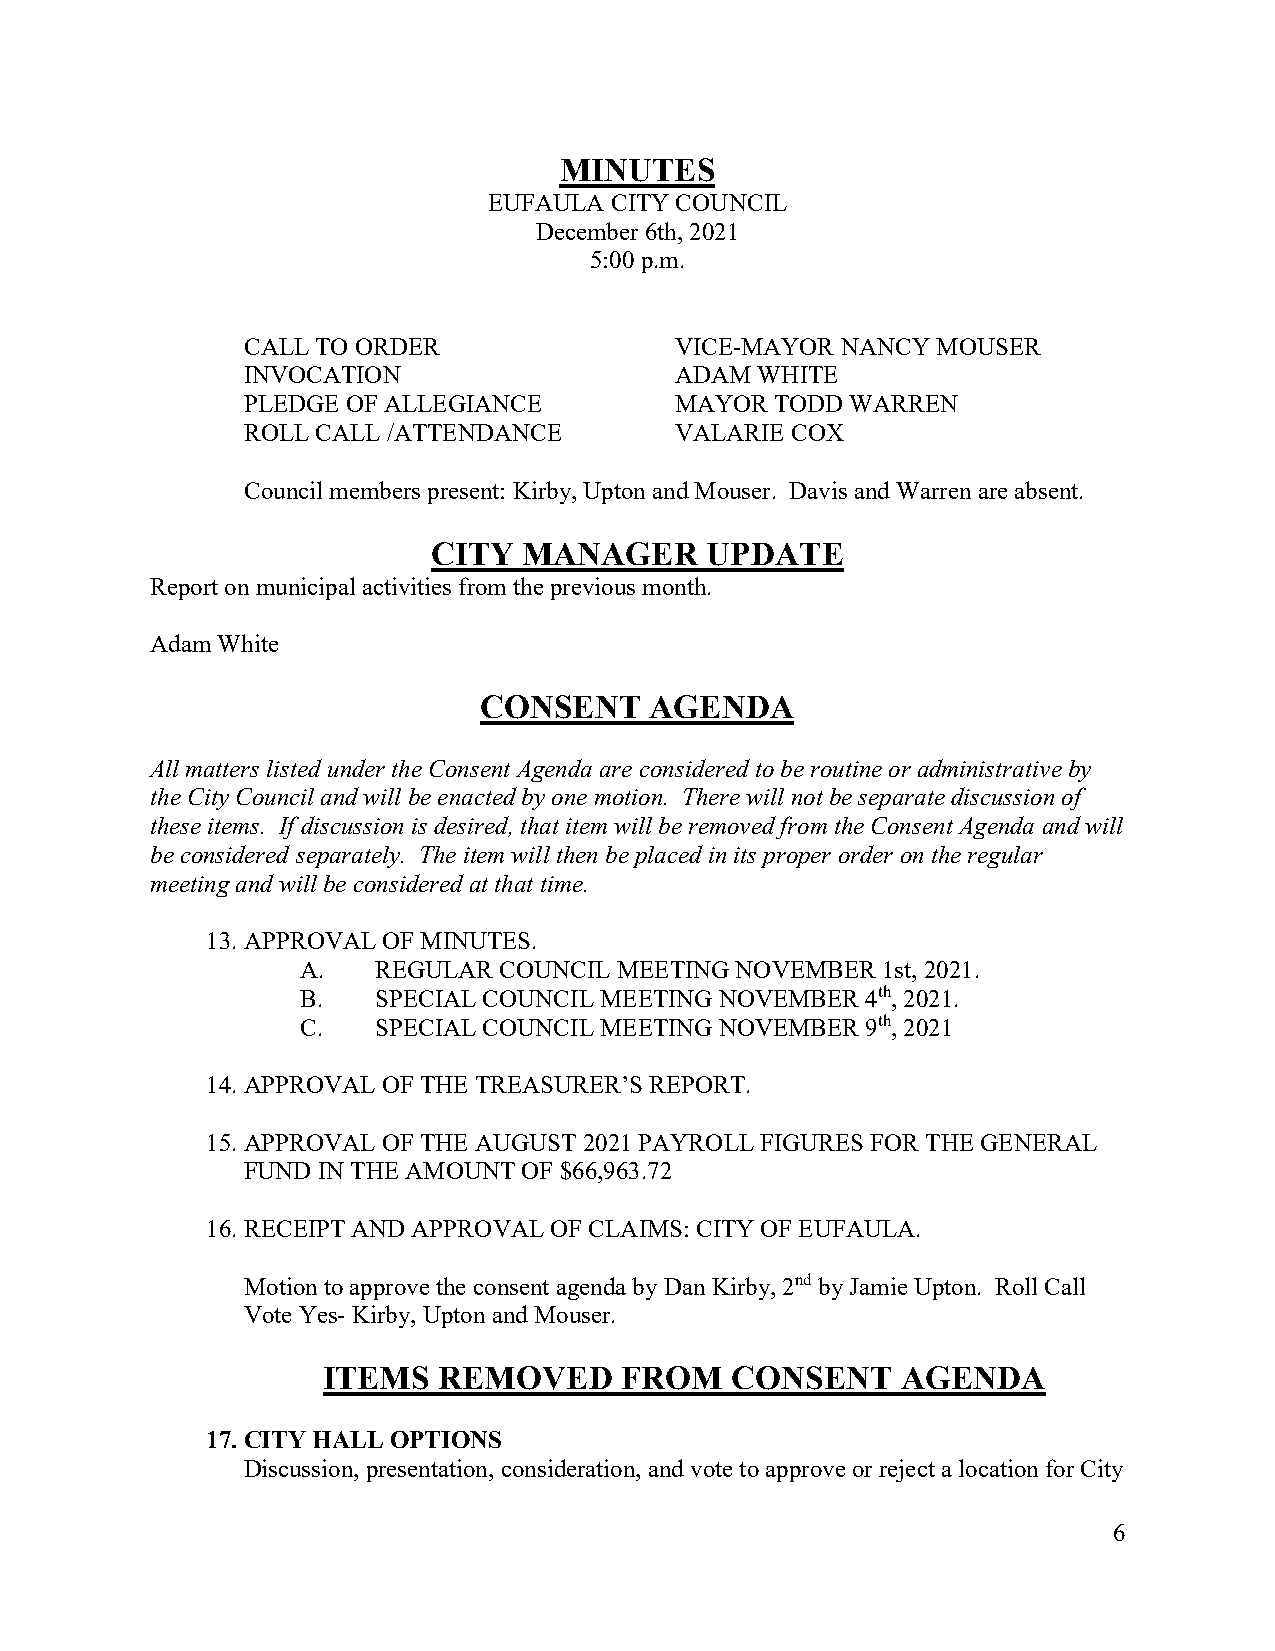
MINUTES
 EUFAULA CITY COUNCIL
 December 6th, 2021
 5:00 p.m.
 CALL TO ORDER                VICE-MAYOR NANCY MOUSER
 INVOCATION                   ADAM WHITE
 PLEDGE OF ALLEGIANCE         MAYOR TODD WARREN
 ROLL CALL /ATTENDANCE        VALARIE COX
 Council members present: Kirby, Upton and Mouser. Davis and Warren are absent.
 CITY  MANAGER     UPDATE
 Report on municipal activities from the previous month.
 Adam White
 CONSENT    AGENDA
 All matters listed under the Consent Agenda are considered to be routine or administrative by
 the City Council and will be enacted by one motion. There will not be separate discussion of
 these items. If discussion is desired, that item will be removed from the Consent Agenda and will
 be considered separately. The item will then be placed in its proper order on the regular
 meeting and will be considered at that time.
 13. APPROVAL OF MINUTES.
 A.   REGULAR COUNCIL MEETING NOVEMBER 1st, 2021.
 B.   SPECIAL COUNCIL MEETING NOVEMBER 4th, 2021.
 C.   SPECIAL COUNCIL MEETING NOVEMBER 9th, 2021
 14. APPROVAL OF THE TREASURER’S REPORT.
 15. APPROVAL OF THE AUGUST 2021 PAYROLL FIGURES FOR THE GENERAL
 FUND IN THE AMOUNT OF $66,963.72
 16. RECEIPT AND APPROVAL OF CLAIMS: CITY OF EUFAULA.
 Motion to approve the consent agenda by Dan Kirby, 2nd by Jamie Upton. Roll Call
 Vote Yes- Kirby, Upton and Mouser.
 ITEMS   REMOVED     FROM   CONSENT     AGENDA
 17. CITY HALL OPTIONS
 Discussion, presentation, consideration, and vote to approve or reject a location for City
 6